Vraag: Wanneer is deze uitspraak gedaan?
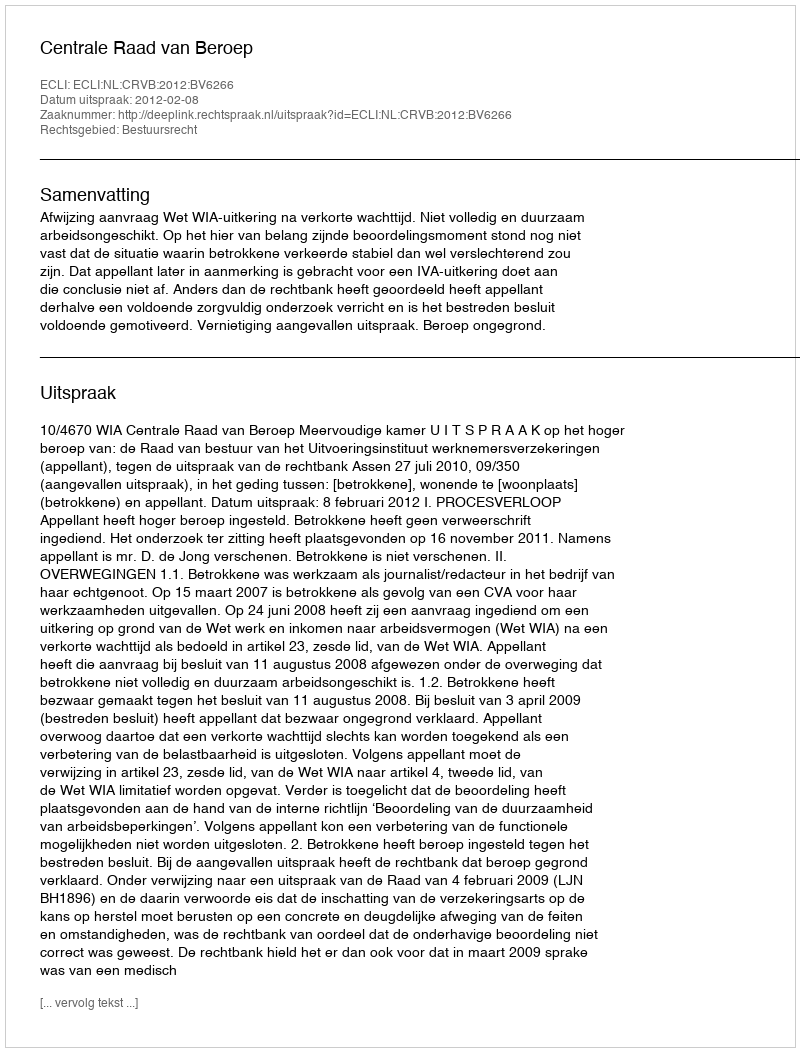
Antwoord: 2012-02-08